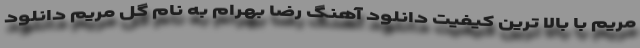
مریم با بالا ترین کیفیت دانلود آهنگ رضا بهرام به نام گل مریم دانلود